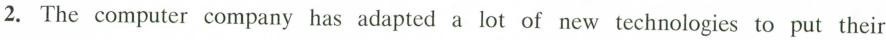
2. The computer company has adapted a lot of new technologies to put their